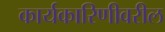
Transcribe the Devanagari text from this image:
कार्यकारिणीवरील